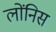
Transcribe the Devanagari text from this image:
लोंनिस